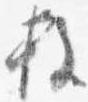
枚